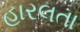
હારલતા